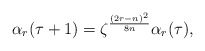
\begin{align*}\alpha_r(\tau+1)=\zeta^{\frac{(2r-n)^2}{8n}}\alpha_r(\tau),\end{align*}